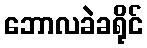
ဘောလခဲခရိုင်